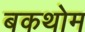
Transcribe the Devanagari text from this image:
बकथोम